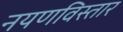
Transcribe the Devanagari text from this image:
नयणविस्तार